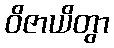
ဝိဇာယိတွာ